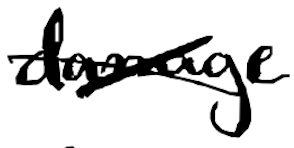
Text: damage
Cross-out: cross
Writing tool: digital_black